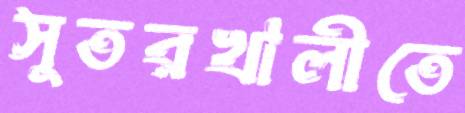
সুতরখালীতে